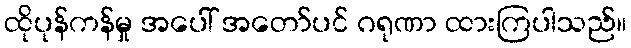
ထိုပုန်ကန်မှု အပေါ် အတော်ပင် ဂရုဏာ ထားကြပါသည်။